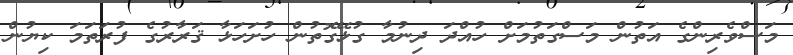
މަސްވެރިންގެ އަތުން މަސްގަތުމަށް ހުއްދަ ދިނުމާ ގުޅޭގޮތުން ހުށަހަޅާ ޤަރާރުގެ ފުރަތަމަ ކިޔުން